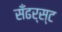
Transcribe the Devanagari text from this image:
सँढर्स्ट